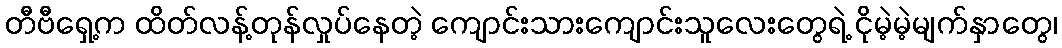
တီဗီရှေ့က ထိတ်လန့်တုန်လှုပ်နေတဲ့ ကျောင်းသားကျောင်းသူလေးတွေရဲ့ ငိုမဲ့မဲ့မျက်နှာတွေ၊